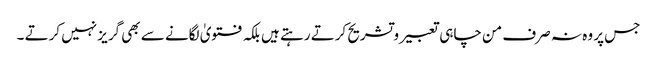
جس پر وہ نہ صرف من چاہی تعبیر و تشریح کرتے رہتے ہیں بلکہ فتویٰ لگانے سے بھی گریز نہیں کرتے ۔